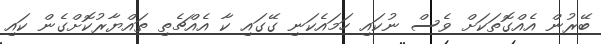
ބޭރުން އެއްގޮތަކަށް ވެސް ނުކައި ހަމައެކަނި ގޭގައި ކާ އެއްޗެތި ތައްޔާރުކޮށްގެން ކައި